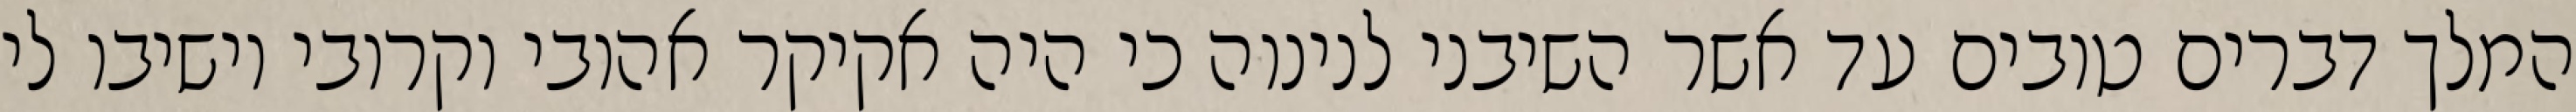
המלך דברים טובים עד אשר השיבני לנינוה כי היה אקיקר אהובי וקרובי וישיבו לי